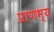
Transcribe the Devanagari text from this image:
प्राणभ्य